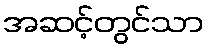
အဆင့်တွင်သာ